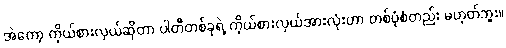
အဲတော့ ကိုယ်စားလှယ်ဆိုတာ ပါတီတစ်ခုရဲ့ ကိုယ်စားလှယ်အားလုံးဟာ တစ်ပုံစံတည်း မဟုတ်ဘူး။